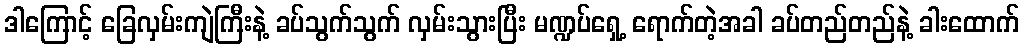
ဒါကြောင့် ခြေလှမ်းကျဲကြီးနဲ့ ခပ်သွက်သွက် လှမ်းသွားပြီး မဏ္ဍပ်ရှေ့ ရောက်တဲ့အခါ ခပ်တည်တည်နဲ့ ခါးထောက်